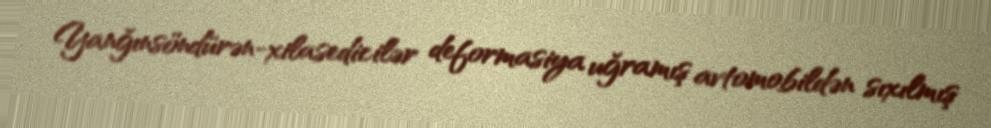
Yanğınsöndürən-xilasedicilər deformasiya uğramış avtomobildən sıxılmış